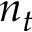
n _ { t }